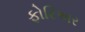
ફોરિઅર